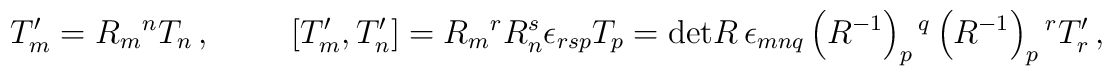
T^{\prime}_{m}=R_{m}{}^{n}T_{n}\, ,\hspace{1cm}[T^{\prime}_{m},T^{\prime}_{n}] =R_{m}{}^{r}R_{n}^{s}\epsilon_{rsp}T_{p}={\rm det}R\, \epsilon_{mnq}\left(R^{-1}\right)_{p}{}^{q}\left(R^{-1}\right)_{p}{}^{r} T^{\prime}_{r}\, ,